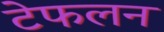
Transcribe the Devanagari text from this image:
टेफलन